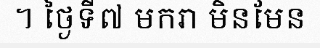
។ ថ្ងៃទី៧ មករា មិនមែន